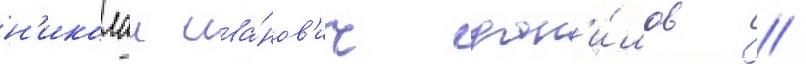
н'иколаи ива́нов'ич дан'и́лов /